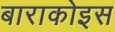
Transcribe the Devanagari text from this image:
बाराकोइस